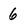
Character: 6